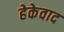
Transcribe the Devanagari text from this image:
हेकेवाद